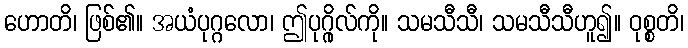
ဟောတိ၊ ဖြစ်၏။ အယံပုဂ္ဂလော၊ ဤပုဂ္ဂိုလ်ကို။ သမသီသီ၊ သမသီသီဟူ၍။ ဝုစ္စတိ၊